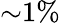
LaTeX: {\sim}1\%